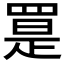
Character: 𦋨